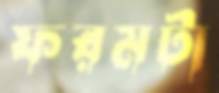
ফরমটা